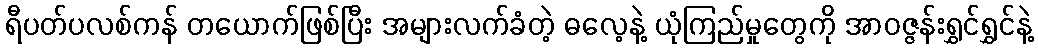
ရီပတ်ပလစ်ကန် တယောက်ဖြစ်ပြီး အများလက်ခံတဲ့ ဓလေ့နဲ့ ယုံကြည်မှုတွေကို အာဝဇ္ဇန်းရွှင်ရွှင်နဲ့